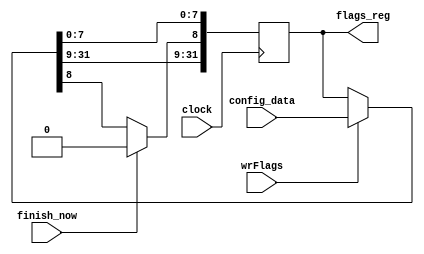
//--------------------------------------------------------------------------------
// flags.vhd
//
// Copyright (C) 2006 Michael Poppitz
// 
// This program is free software; you can redistribute it and/or modify
// it under the terms of the GNU General Public License as published by
// the Free Software Foundation; either version 2 of the License, or (at
// your option) any later version.
//
// This program is distributed in the hope that it will be useful, but
// WITHOUT ANY WARRANTY; without even the implied warranty of
// MERCHANTABILITY or FITNESS FOR A PARTICULAR PURPOSE. See the GNU
// General Public License for more details.
//
// You should have received a copy of the GNU General Public License along
// with this program; if not, write to the Free Software Foundation, Inc.,
// 51 Franklin St, Fifth Floor, Boston, MA 02110, USA
//
//--------------------------------------------------------------------------------
//
// Details: http://www.sump.org/projects/analyzer/
//
// Flags register.
//
//--------------------------------------------------------------------------------
//
// 12/29/2010 - Verilog Version + cleanups created by Ian Davis - mygizmos.org
// 

`timescale 1ns/100ps

module flags (
  input  wire        clock,
  input  wire        wrFlags,
  input  wire [31:0] config_data,
  input  wire        finish_now,
  output reg  [31:0] flags_reg
);

reg [31:0] next_flags_reg;

//
// Write flags register...
//
initial flags_reg = 0;
always @(posedge clock) 
flags_reg <= next_flags_reg;

always @*
begin
  next_flags_reg = (wrFlags) ? config_data : flags_reg;
  if (finish_now) next_flags_reg[8] = 1'b0;
end
endmodule